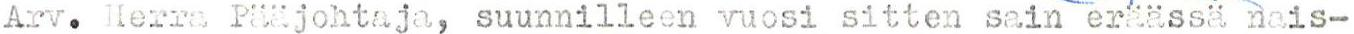
Arv. Herra Pääjohtaja, suunnilleen vuosi sitten sain eräässä nais-